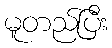
မူတည်ပြီး